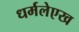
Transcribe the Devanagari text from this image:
धर्मलेएख